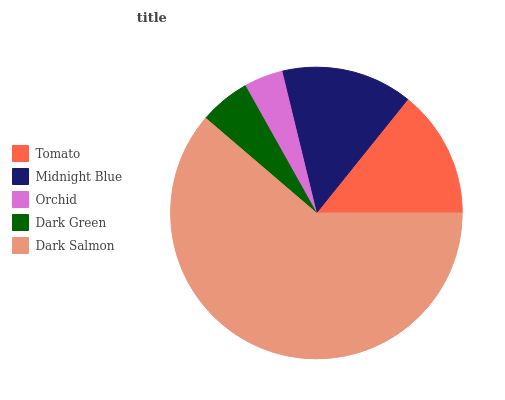
| Tomato | Midnight Blue | Orchid | Dark Green | Dark Salmon |
 | --- | --- | --- | --- | --- |
 | 14.2% | 14.6% | 4.33% | 5.62% | 61.3% |